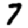
Digit: 7